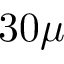
3 0 \mu